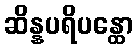
ဆိန္နပရိပန္ထော